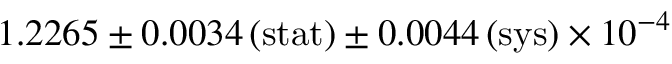
1 . 2 2 6 5 \pm 0 . 0 0 3 4 \, ( \mathrm { s t a t } ) \pm 0 . 0 0 4 4 \, ( \mathrm { s y s } ) \times 1 0 ^ { - 4 }